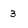
Character: 3